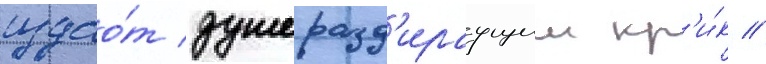
издао́т душеразд'ираущии кр'и́к //